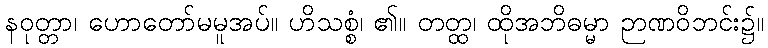
နဝုတ္တာ၊ ဟောတော်မမူအပ်။ ဟိသစ္စံ၊ ၏။ တတ္ထ၊ ထိုအဘိဓမ္မာ ဉာဏဝိဘင်း၌။